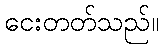
ငေးတတ်သည်။